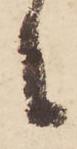
等